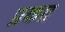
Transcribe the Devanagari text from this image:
प्रकाा